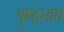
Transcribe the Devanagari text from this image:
पृष्ठ्भाग